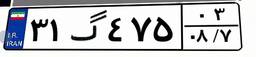
۳۱گ۴۷۵۰۳